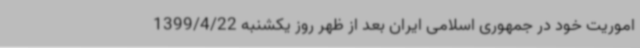
اموریت خود در جمهوری اسلامی ایران بعد از ظهر روز یکشنبه 1399/4/22